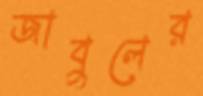
জাবুলের